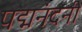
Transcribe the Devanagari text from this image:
पद्मनंदनी